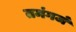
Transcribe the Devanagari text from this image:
तमंगजं